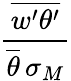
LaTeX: \frac{\overline{{w^{\prime}\theta^{\prime}}}}{\overline{{\theta}}\, \sigma_{M}}